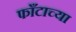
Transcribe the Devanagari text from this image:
फाँटाच्या